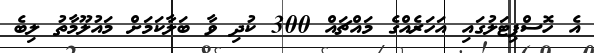
އެ ހޮސްޕިޓަލުގައި އަހަރެއްގެ މައްޗައް 300 ކުދި ވާ ބަލާކަމަށް މައުލޫމާތު ލިބެ